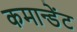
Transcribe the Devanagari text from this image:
कमान्डेंट